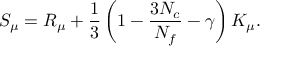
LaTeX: S _ { \mu } = R _ { \mu } + \frac { 1 } { 3 } \left( 1 - \frac { 3 N _ { c } } { N _ { f } } - \gamma \right) K _ { \mu } .